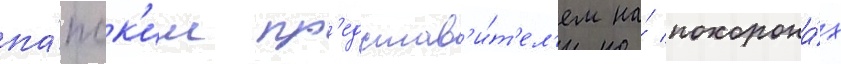
па́пск'им пр'едстав'и́т'ел'ем на́ похорона́х